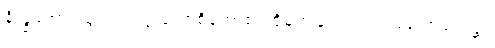
နိက္ခမိတွာ၊ ထွက်၍။ ဣတောစိတောစ၊ ထိုမှဤမှလည်း။ ဩလောကေန္တာ၊